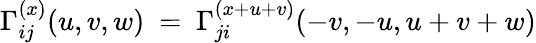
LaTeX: {\Gamma}_{ij}^{(x)}(u,v,w)\ =\ {\Gamma}_{ji}^{(x+u+v)}(-v,-u,u+v+w)